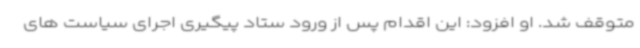
متوقف شد. او افزود: این اقدام پس از ورود ستاد پیگیری اجرای سیاست های